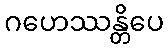
ဂဟေဿန္တိပေ